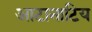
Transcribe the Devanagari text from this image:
आटानाटिय